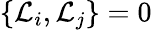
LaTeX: \{ \mathcal{L}_{i},\mathcal{L}_{j}\} =0